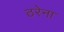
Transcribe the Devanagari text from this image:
ठरेना